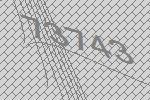
73743